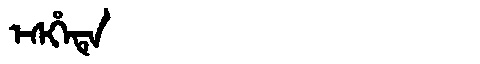
Manchu: ᡝᠰᡥᡝᡨᡝ
Romanization: ESHETE